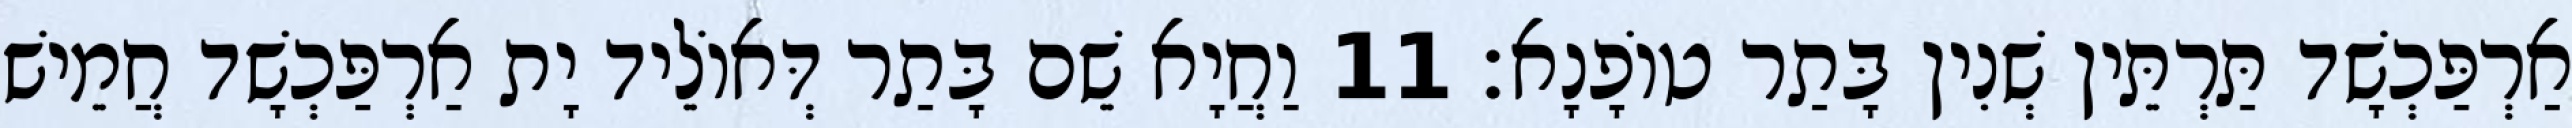
אַרְפַּכְשָׁד תַּרְתֵּין שְׁנִין בָּתַר טוֹפָנָא׃ 11 וַחֲיָא שֵׁם בָּתַר דְּאוֹלֵיד יָת אַרְפַּכְשָׁד חֲמֵישׁ